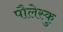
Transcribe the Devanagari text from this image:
पौलेस्कु